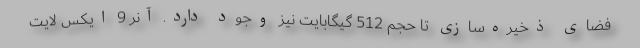
فضای ذخیره‌سازی تا حجم 512 گیگابایت نیز وجود دارد. آنر 9 ایکس لایت